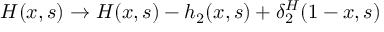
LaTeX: H ( x , s ) \to H ( x , s ) - h _ { 2 } ( x , s ) + \delta _ { 2 } ^ { H } ( 1 - x , s )